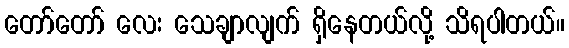
တော်တော် လေး သေချာလျက် ရှိနေတယ်လို့ သိရပါတယ်။